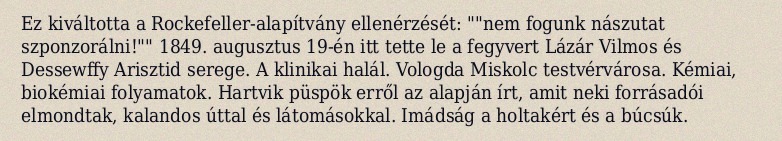
Ez kiváltotta a Rockefeller-alapítvány ellenérzését: ""nem fogunk nászutat szponzorálni!"" 1849. augusztus 19-én itt tette le a fegyvert Lázár Vilmos és Dessewffy Arisztid serege. A klinikai halál. Vologda Miskolc testvérvárosa. Kémiai, biokémiai folyamatok. Hartvik püspök erről az alapján írt, amit neki forrásadói elmondtak, kalandos úttal és látomásokkal. Imádság a holtakért és a búcsúk.